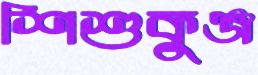
শিশুকুঞ্জ